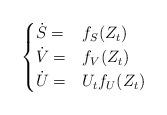
LaTeX: \begin{align*}\begin{cases}\dot S=&f_S(Z_t)\\\dot V=& f_V(Z_t)\\\dot U=& U_tf_U(Z_t)\end{cases}\end{align*}